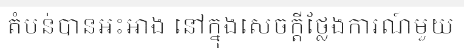
តំបន់បានអះអាង នៅក្នុងសេចក្តីថ្លែងការណ៍មួយ